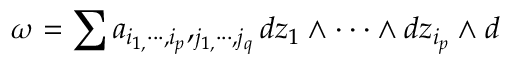
\omega = \sum _ { { } } a _ { i _ { 1 , } \cdot \cdot \cdot , i _ { p } } , _ { j _ { 1 , } \cdot \cdot \cdot , j _ { q } } d z _ { 1 } \wedge \cdot \cdot \cdot \wedge d z _ { i _ { p } } \wedge d